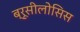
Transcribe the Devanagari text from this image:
ब्रूसीलोसिस